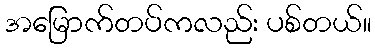
အမြောက်တပ်ကလည်း ပစ်တယ်။